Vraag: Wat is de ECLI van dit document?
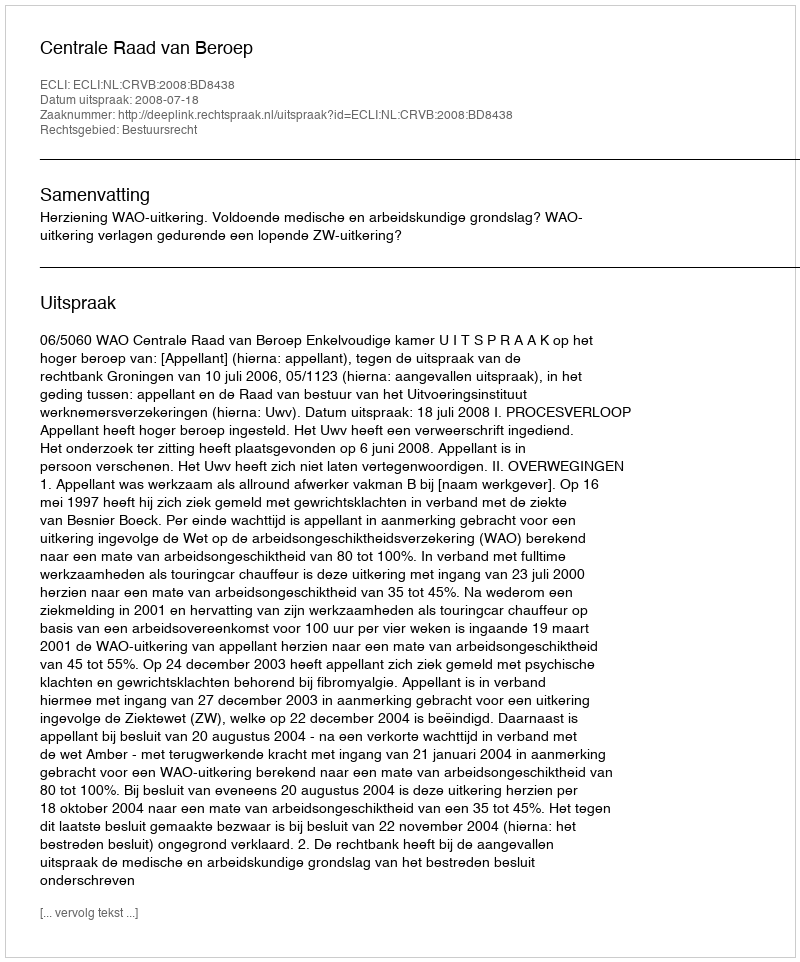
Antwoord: ECLI:NL:CRVB:2008:BD8438